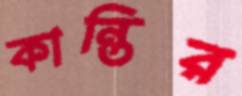
কান্তির